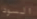
السود